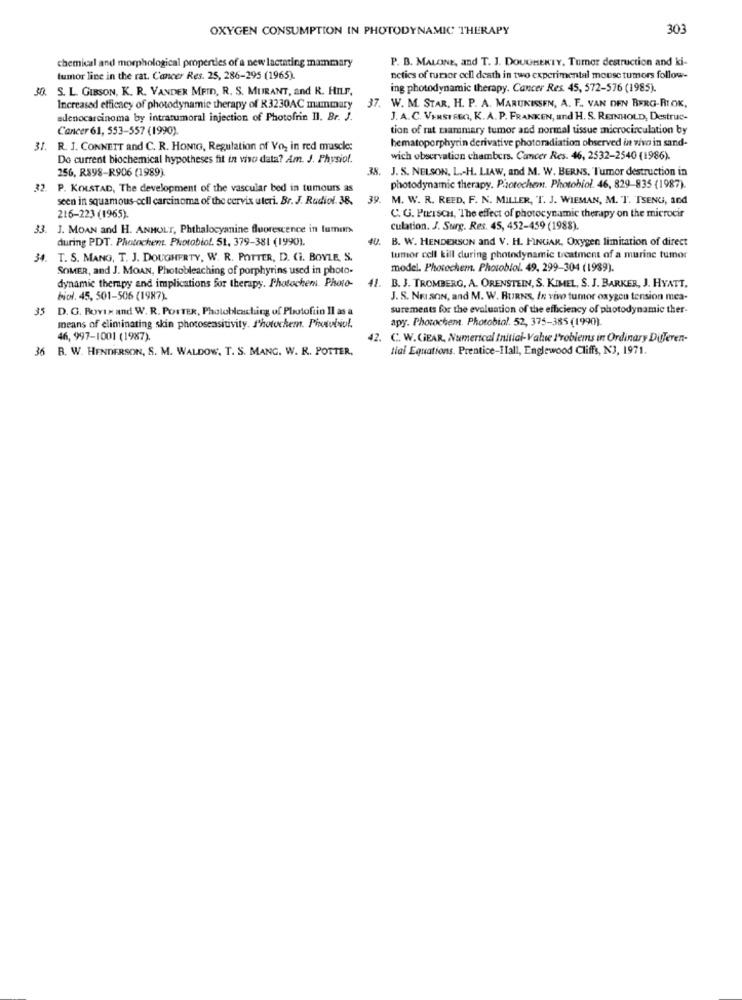
OXYGEN CONSUMPTION IN PHOTODYNAMIC THERAPY
30
chemical and morphological properties of a new lactating mammary
P. B. MALONE, and T. J. DOUGHERTY. Turner destruction and ki-
tumor line in the rat. Cancer Res. 25, 286-295 (1965).
neties of tumor ecll death in two experimental mouse tumors follow-
30. S. L. GIBSON, K. R. VANDER MEID, R. S. MURANT, and R. HILF,
ing photodynamic therapy. Cancer Res. 45, 572-576 (1985).
37.
Increased efficacy of photodynamic therapy of R3230AC mammary
W. M. STAR, H. P. A. MARUKISSEN, A. F ., VAN DEN BERG-RIOK,
adenocarcinoma by intratumoral injection of Photofrin Il. Br. J.
J. A.C. VENSTREO, K. A. P. FRANKEN, and H. S. REINHOLD, Destruc-
Cancer 61, 553-557 (1990)
tion of rat mammary tumor and normal tissue microcirculation by
hematoporphyrin derivative photoradiation observed in vivo in sand-
31. R. J. CONNETT and C. R. HONIG, Regulation of Vo, in red muscle:
Do current biochemical hypotheses fit in vivo data? Am. J. Physiof.
wich observation chambers. Cancer Res. 46, 2532-2540 (1986).
256, R898-R906 (1989).
38. J. S. NELSON, L .- H. LIAW, and M. W. BERNS. Tumor destruction in
32. P. KOLSTAD, The development of the vascular bed in tumours as
photodynamic therapy. Photochem. Photobiol. 46, 829-835 (1987).
seen in squamous cell carcinoma of the cervix uleri. Br. J. Radiol. 38.
39. M. W. R. REED, F. N. MILLER, T. J. WIEMAN, M. T. TSENG, and
216-223 (1965).
C. G. Puersca, 'The effect of photocynamic therapy on the microcir
33. J. MOAN and H. ANHOLT, Phthalocyanine fluorescence in lumon
culation. J. Surg. Res. 45, 452-459 (1988).
during PDT. Photochen. Photobiof. 51, 379-381 (1990).
B. W. HENDERSON and V. H. FINGAR, Oxygen limitation of direct
34.
T. S. MANG, T. J. DOUGHERTY, W. R. POTTER, D. C. BOYLE, S.
tumor cell till during photodynamic treatment of a murine tumor
SOMER, and J. MOAN, Photobleaching of porphyrins used in photo-
model. Phorechem. Photobiol. 49, 299-304 (1989).
dynamic therapy and implications for therapy. Photochemi Photo- 41. B. J. TROMBERG, A. ORENSTEIN, S. KIMEL, S. J. BARKER, J. HYATT.
Fiol. 45, 501-506 (1987).
J. S. NEI SON, and M. W. BURNS, In vivo tumor oxygen tension mea-
35
D. G. Bovix and W. R. POTTER, Photobleaching of Plotoftin Il as a
surements for the evaluation of the efficiency of photodynamic ther-
apy. Photochem. Photobial. 52, 375-385 (1990).
means of eliminating skin photosensitivity. Photochem. Photobiol.
46, 997-1001 (1987).
42. C. W.GEAR, Numerical Initial-Value Problems in Ordinary Differen-
36 B. W. HENDERSON, S. M. WALDOW, T. S. MANG. W. R. POTTER,
tial Equations. Prentice-Ilall, Englewood Cliffs, N3, 1971.